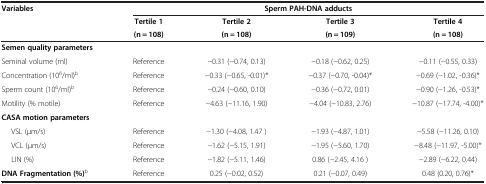
<table><thead><tr><td rowspan="2"><b>Variables</b></td><td colspan="4"><b>Sperm PAH-DNA adducts</b></td></tr><tr><td><b>Tertile 1</b></td><td><b>Tertile 2</b></td><td><b>Tertile 3</b></td><td><b>Tertile 4</b></td></tr><tr><td><b> </b></td><td><b>(n = 108)</b></td><td><b>(n = 108)</b></td><td><b>(n = 109)</b></td><td><b>(n = 108)</b></td></tr></thead><tbody><tr><td><b>Semen quality parameters</b></td><td> </td><td> </td><td> </td><td> </td></tr><tr><td>Seminal volume (ml)</td><td>Reference</td><td>−0.31 (−0.74, 0.13)</td><td>−0.18 (−0.62, 0.25)</td><td>−0.11 (−0.55, 0.33)</td></tr><tr><td>Concentration (10<sup>6</sup>/ml)<sup>b</sup></td><td>Reference</td><td>−0.33 (−0.65, -0.01)*</td><td>−0.37 (−0.70, -0.04)*</td><td>−0.69 (−1.02, -0.36)*</td></tr><tr><td>Sperm count (10<sup>6</sup>/ml)<sup>b</sup></td><td>Reference</td><td>−0.24 (−0.60, 0.10)</td><td>−0.36 (−0.72, 0.01)</td><td>−0.90 (−1.26, -0.53)*</td></tr><tr><td>Motility (% motile)</td><td>Reference</td><td>−4.63 (−11.16, 1.90)</td><td>−4.04 (−10.83, 2.76)</td><td>−10.87 (−17.74, -4.00)*</td></tr><tr><td><b>CASA motion parameters</b></td><td> </td><td> </td><td> </td><td> </td></tr><tr><td>VSL (μm/s)</td><td>Reference</td><td>−1.30 (−4.08, 1.47 )</td><td>−1.93 (−4.87, 1.01)</td><td>−5.58 (−11.26, 0.10)</td></tr><tr><td>VCL (μm/s)</td><td>Reference</td><td>−1.62 (−5.15, 1.91)</td><td>−1.95 (−5.60, 1.70)</td><td>−8.48 (−11.97, -5.00)*</td></tr><tr><td>LIN (%)</td><td>Reference</td><td>−1.82 (−5.11, 1.46)</td><td>0.86 (−2.45, 4.16 )</td><td>−2.89 (−6.22, 0.44)</td></tr><tr><td><b>DNA Fragmentation (%)</b><sup>b</sup></td><td>Reference</td><td>0.25 (−0.02, 0.52)</td><td>0.21 (−0.07, 0.49)</td><td>0.48 (0.20, 0.76)*</td></tr></tbody></table>